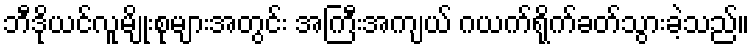
ဘီဒိုယင်လူမျိုးစုများအတွင်း အကြီးအကျယ် ဂယက်ရိုက်ခတ်သွားခဲ့သည်။